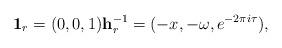
LaTeX: \begin{align*}\mathbf{1}_r = (0,0,1) \mathbf{h}_r^{-1} = (-x, - \omega, e^{-2 \pi i \tau}),\end{align*}